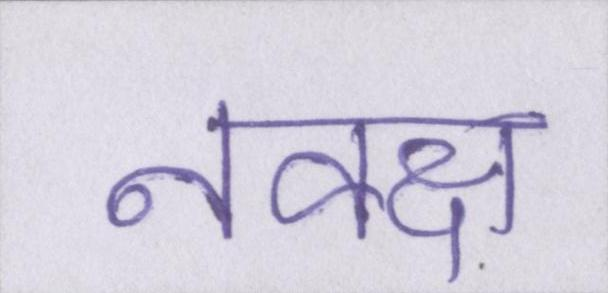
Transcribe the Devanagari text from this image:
नक्क्ष